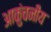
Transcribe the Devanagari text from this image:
आकुंचनीय